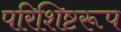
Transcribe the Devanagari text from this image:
परिशिष्टरूप